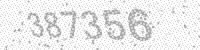
Solution: 387356